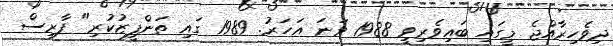
ދިވެހިރާއްޖެ މީގައި ބައިވެރިވީ 1988 ވަނަ އަހަރު. 1989 ގައި ތަންފީޒުކުރި" ފާރިސް